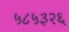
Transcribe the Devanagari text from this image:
५८५३२६